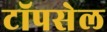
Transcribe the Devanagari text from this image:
टॉपसेल